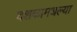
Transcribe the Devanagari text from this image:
दशकामधल्या